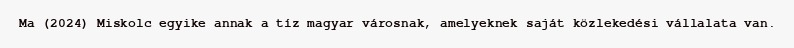
Ma (2024) Miskolc egyike annak a tíz magyar városnak, amelyeknek saját közlekedési vállalata van.